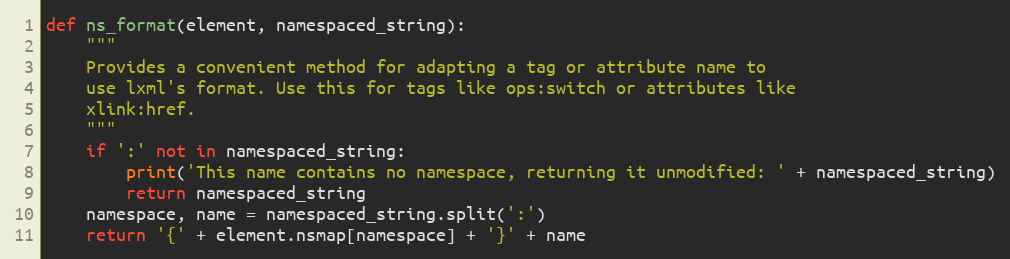
Language: Python
def ns_format(element, namespaced_string):
    """
    Provides a convenient method for adapting a tag or attribute name to
    use lxml's format. Use this for tags like ops:switch or attributes like
    xlink:href.
    """
    if ':' not in namespaced_string:
        print('This name contains no namespace, returning it unmodified: ' + namespaced_string)
        return namespaced_string
    namespace, name = namespaced_string.split(':')
    return '{' + element.nsmap[namespace] + '}' + name